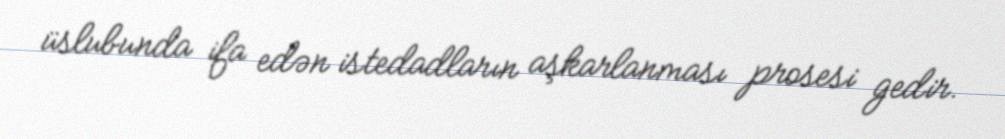
üslubunda ifa edən istedadların aşkarlanması prosesi gedir.